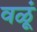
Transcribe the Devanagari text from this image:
वळूं